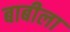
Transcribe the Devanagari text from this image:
बाबीला